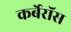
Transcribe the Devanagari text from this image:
कर्बेरॉस